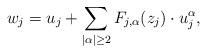
LaTeX: \begin{align*}w_j=u_j+\sum_{|\alpha|\geq 2}F_{j, \alpha}(z_j)\cdot u_j^\alpha, \end{align*}